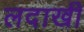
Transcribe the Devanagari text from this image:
लदाखी